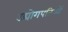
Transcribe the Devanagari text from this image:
उद्योगपतिओं